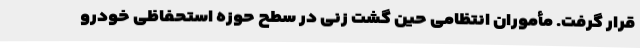
قرار گرفت. مأموران انتظامی حین گشت زنی در سطح حوزه استحفاظی خودرو